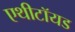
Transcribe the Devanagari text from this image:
एथीटॉयड